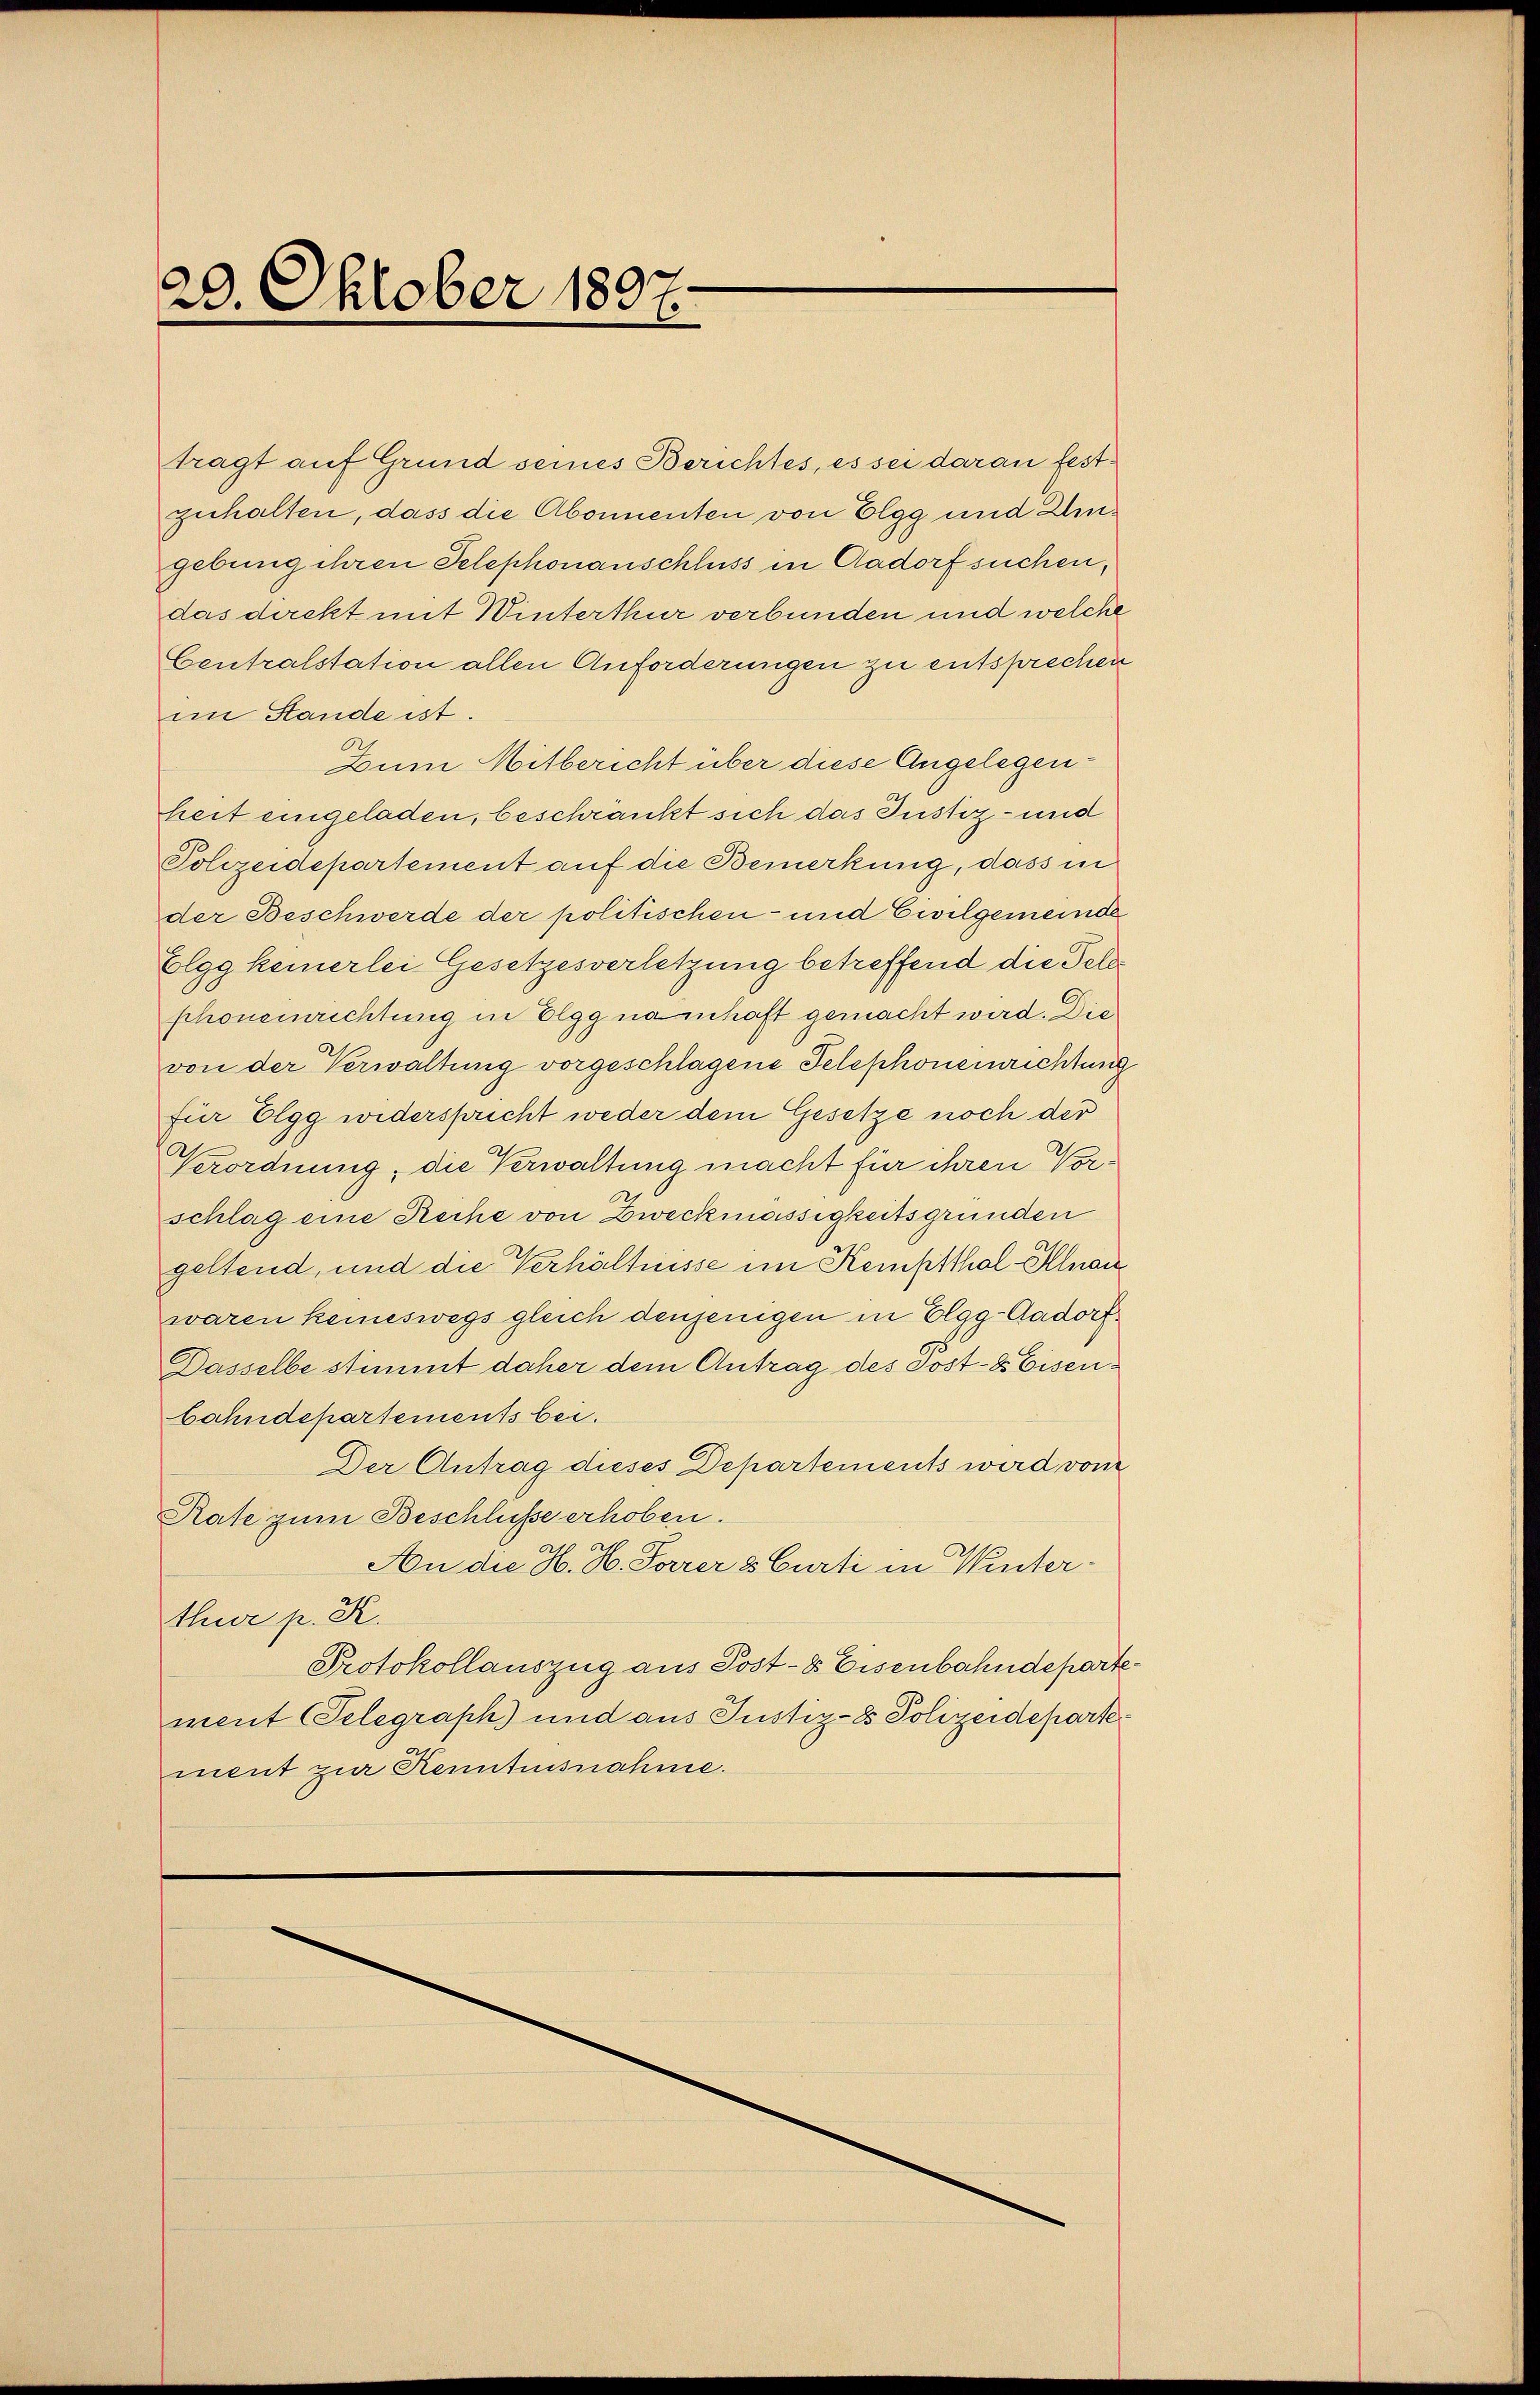
20. Oktober 1897.

im Stande ist.
Polizeidepartement auf die Bemerkung, dass in
der Beschwerde der politischen- und Civilgemeinde
Elgg keinerlei Gesetzesverletzung betreffend die Feldphoneinrichtung in Elgg namhaft gemacht wird. Die
von der Verwaltung vorgeschlagene Telephoneinrichtung
für Elgg wederspricht weder dem Gesetze noch der
Verordnung, die Verwaltung macht für ihren Vorschlag eine Reche von Zweckmässigkeitsgrunden
geltend, und die Verhältnisse im Kemptthal-Alnan
waren keineswegs gleich denjenigen in Elgg-Aadorf.
Dasselbe stimmt daher dem Antrag des Post- & Eisenbahndepartements bei.
Der Antrag dieses Departements wird vom
Rate zum Beschlüsse erhoben.
An die H. H. Parrer 8 Curti in Winterthur p. K.
Protokollauszug aus Post- & Eisenbahndepart
ment (Selegraph) und aus Justiz- & Polizeideparte
ment zur Kenntnisnahme.

tragt auf Grund seines Berichtes, es sei daran festzuhalten, dass die Abonnenten von Elgg und Eingebung ihren Telephonanschluss in Aadorf suchen,
das direkt mit Winterthur verbunden und welche
Centralstation allen Anforderungen zu entsprechen
Zum Mitbericht über diese Angelegenheit eingeladen, beschränkt sich das Justiz- und

6
¬